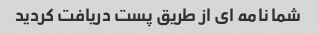
شما نامه ای از طریق پست دریافت کردید